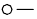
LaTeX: \circ-